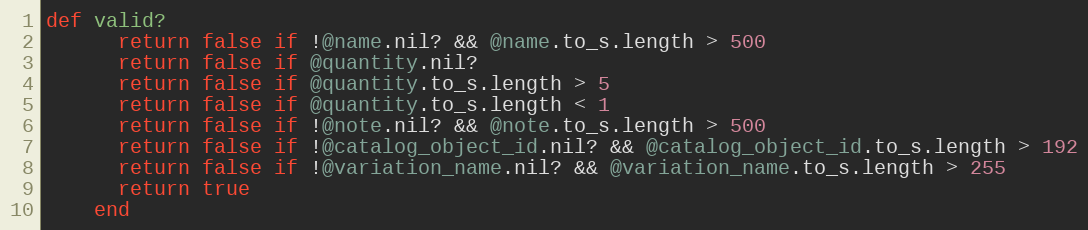
Language: Ruby
def valid?
      return false if !@name.nil? && @name.to_s.length > 500
      return false if @quantity.nil?
      return false if @quantity.to_s.length > 5
      return false if @quantity.to_s.length < 1
      return false if !@note.nil? && @note.to_s.length > 500
      return false if !@catalog_object_id.nil? && @catalog_object_id.to_s.length > 192
      return false if !@variation_name.nil? && @variation_name.to_s.length > 255
      return true
    end